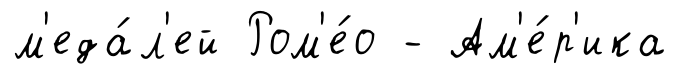
м'еда́л'ей Ром'е́о - Ам'е́р'ика